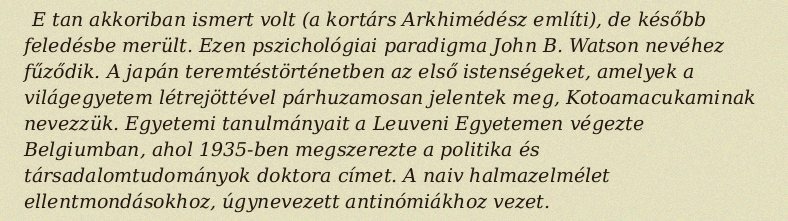
E tan akkoriban ismert volt (a kortárs Arkhimédész említi), de később feledésbe merült. Ezen pszichológiai paradigma John B. Watson nevéhez fűződik. A japán teremtéstörténetben az első istenségeket, amelyek a világegyetem létrejöttével párhuzamosan jelentek meg, Kotoamacukaminak nevezzük. Egyetemi tanulmányait a Leuveni Egyetemen végezte Belgiumban, ahol 1935-ben megszerezte a politika és társadalomtudományok doktora címet. A naiv halmazelmélet ellentmondásokhoz, úgynevezett antinómiákhoz vezet.